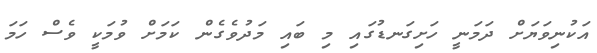
އަކުނިވަޔަށް ދަމަނީ ހަށިގަނޑުގައި މި ބައި މަދުވެގެން ކަމަށް ވުމަކީ ވެސް ހަމަ